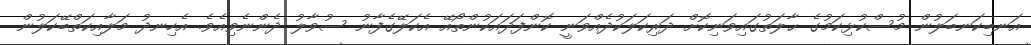
އަނބިކަނބަލުން މުސްކުޅިކަމުގެ ޙާލަތުގައިވަނިކޮށް ދަރިކަލަކުދެއްވަނީ ކޮންފަދައަކުންތޯއޭ އެކަލޭގެފާނު ސުވާލު ދެންނެވިއެވެ. އެހިނދު މަލާއިކަތްބޭކަލުން